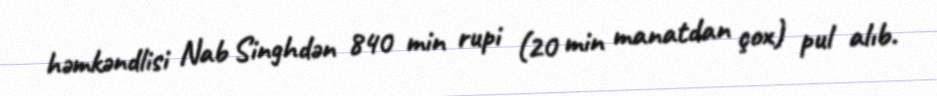
həmkəndlisi Nab Singhdən 840 min rupi (20 min manatdan çox) pul alıb.